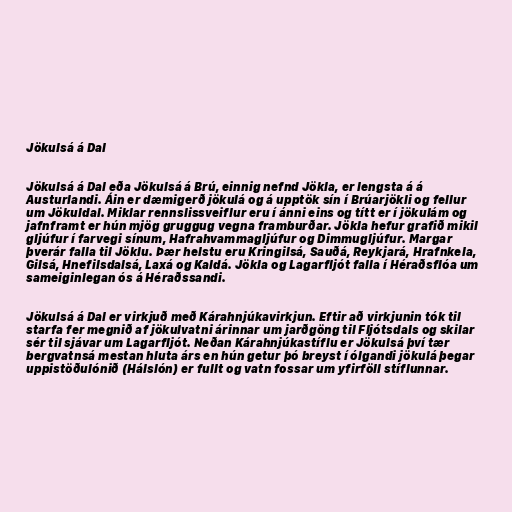
Jökulsá á Dal

Jökulsá á Dal eða Jökulsá á Brú, einnig nefnd Jökla, er lengsta á á
Austurlandi. Áin er dæmigerð jökulá og á upptök sín í Brúarjökli og fellur
um Jökuldal. Miklar rennslissveiflur eru í ánni eins og títt er í jökulám og
jafnframt er hún mjög gruggug vegna framburðar. Jökla hefur grafið mikil
gljúfur í farvegi sínum, Hafrahvammagljúfur og Dimmugljúfur. Margar
þverár falla til Jöklu. Þær helstu eru Kringilsá, Sauðá, Reykjará, Hrafnkela,
Gilsá, Hnefilsdalsá, Laxá og Kaldá. Jökla og Lagarfljót falla í Héraðsflóa um
sameiginlegan ós á Héraðssandi.

Jökulsá á Dal er virkjuð með Kárahnjúkavirkjun. Eftir að virkjunin tók til
starfa fer megnið af jökulvatni árinnar um jarðgöng til Fljótsdals og skilar
sér til sjávar um Lagarfljót. Neðan Kárahnjúkastíflu er Jökulsá því tær
bergvatnsá mestan hluta árs en hún getur þó breyst í ólgandi jökulá þegar
uppistöðulónið (Hálslón) er fullt og vatn fossar um yfirföll stíflunnar.